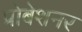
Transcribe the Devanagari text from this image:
प्रोबेशनर